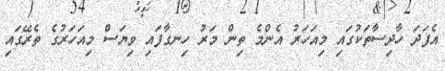
އެފަދަ ހާދިސާތަކުގައި މިއަހަރު އެންމެ ތިން މަރު ހިނގާފައި ވިޔަސް މިއަހަރުގެ ތެރޭގައި